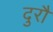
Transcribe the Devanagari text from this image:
दुरौ